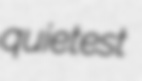
quietest